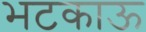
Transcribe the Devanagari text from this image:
भटकाऊ